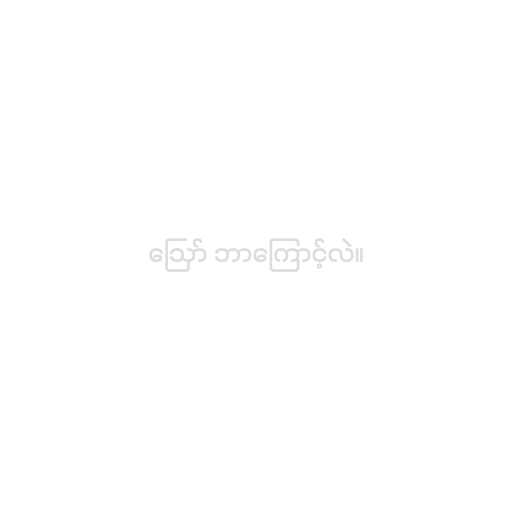
ဪ ဘာကြောင့်လဲ။